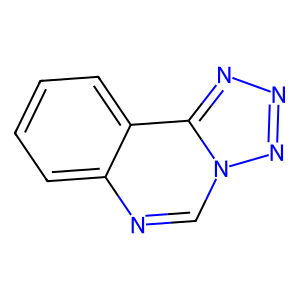
SMILES: c1ccc2c(c1)ncn1nnnc21
Inhibits HIV replication: No